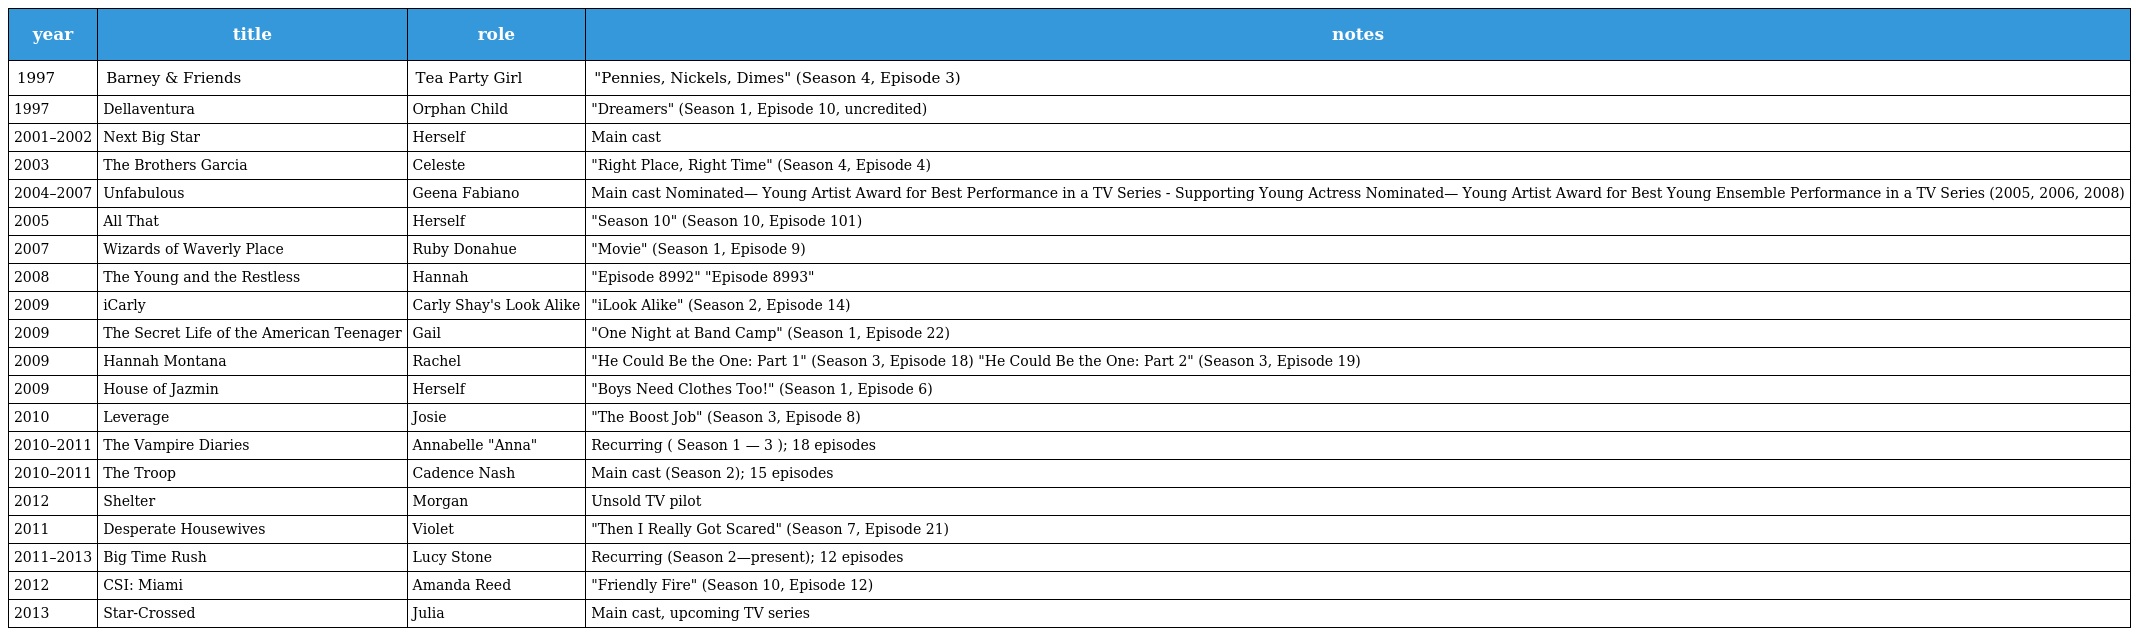
| year | title | role | notes |
 | --- | --- | --- | --- |
 | 1997 | Barney & Friends | Tea Party Girl | "Pennies, Nickels, Dimes" (Season 4, Episode 3) |
 | 1997 | Dellaventura | Orphan Child | "Dreamers" (Season 1, Episode 10, uncredited) |
 | 2001–2002 | Next Big Star | Herself | Main cast |
 | 2003 | The Brothers Garcia | Celeste | "Right Place, Right Time" (Season 4, Episode 4) |
 | 2004–2007 | Unfabulous | Geena Fabiano | Main cast Nominated— Young Artist Award for Best Performance in a TV Series - Supporting Young Actress Nominated— Young Artist Award for Best Young Ensemble Performance in a TV Series (2005, 2006, 2008) |
 | 2005 | All That | Herself | "Season 10" (Season 10, Episode 101) |
 | 2007 | Wizards of Waverly Place | Ruby Donahue | "Movie" (Season 1, Episode 9) |
 | 2008 | The Young and the Restless | Hannah | "Episode 8992" "Episode 8993" |
 | 2009 | iCarly | Carly Shay's Look Alike | "iLook Alike" (Season 2, Episode 14) |
 | 2009 | The Secret Life of the American Teenager | Gail | "One Night at Band Camp" (Season 1, Episode 22) |
 | 2009 | Hannah Montana | Rachel | "He Could Be the One: Part 1" (Season 3, Episode 18) "He Could Be the One: Part 2" (Season 3, Episode 19) |
 | 2009 | House of Jazmin | Herself | "Boys Need Clothes Too!" (Season 1, Episode 6) |
 | 2010 | Leverage | Josie | "The Boost Job" (Season 3, Episode 8) |
 | 2010–2011 | The Vampire Diaries | Annabelle "Anna" | Recurring ( Season 1 — 3 ); 18 episodes |
 | 2010–2011 | The Troop | Cadence Nash | Main cast (Season 2); 15 episodes |
 | 2012 | Shelter | Morgan | Unsold TV pilot |
 | 2011 | Desperate Housewives | Violet | "Then I Really Got Scared" (Season 7, Episode 21) |
 | 2011–2013 | Big Time Rush | Lucy Stone | Recurring (Season 2—present); 12 episodes |
 | 2012 | CSI: Miami | Amanda Reed | "Friendly Fire" (Season 10, Episode 12) |
 | 2013 | Star-Crossed | Julia | Main cast, upcoming TV series |